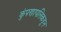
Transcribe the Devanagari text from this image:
कुंपणापलिकडून